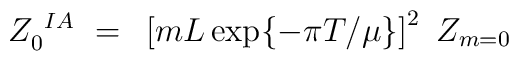
Z_0^{~IA}~=~ \left[mL\exp\{-\pi T/\mu\}\right]^2~Z_{m=0}